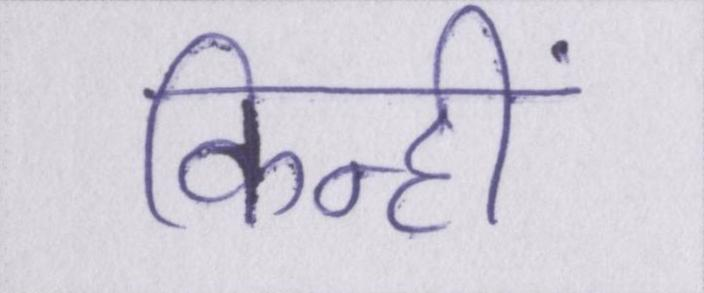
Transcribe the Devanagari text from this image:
किन्हीं